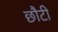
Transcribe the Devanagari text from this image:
छौटी